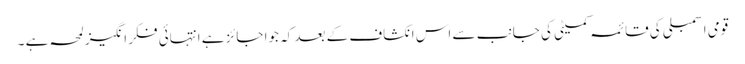
قومی اسمبلی کی قائمہ کمیٹی کی جانب سے اس انکشاف کے بعد کہ جوا جائز ہے انتہائی فکر انگیز لمحہ ہے ۔